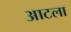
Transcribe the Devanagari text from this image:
आटला